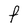
Character: F